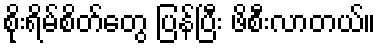
စိုးရိမ်စိတ်တွေ ပြန်ပြီး ဖိစီးလာတယ်။